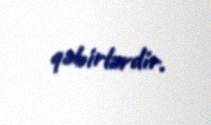
qəbirlərdir.